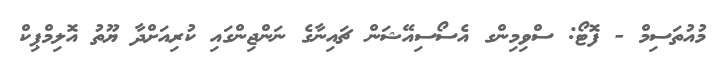
މުއުތަސިމް - ފޮޓޯ: ސްވިމިންގ އެސޯސިއޭޝަން ޗައިނާގެ ނަންޖިންގައި ކުރިއަށްދާ ޔޫތު އޮލިމްޕިކް